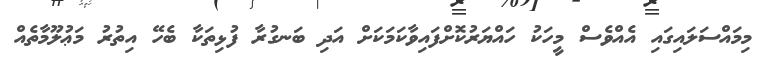
މިމައްސަލައިގައި އެއްވެސް މީހަކު ހައްޔަރުކޮށްފައިވާކަމަކަށް އަދި ބަނގުރާ ފުޅިތަކާ ބެހޭ އިތުރު މަޢުލޫމާތެއް